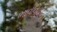
ભાવવિહીન